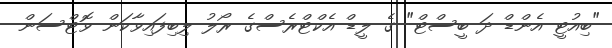
"ބިއުޓީ އެންޑް ދަ ބީސްޓް" ގެ ލީޑް އެކްޓްރެސްގެ ރޯލު ލިބިފައިވާކަން ވޮޓްސަން